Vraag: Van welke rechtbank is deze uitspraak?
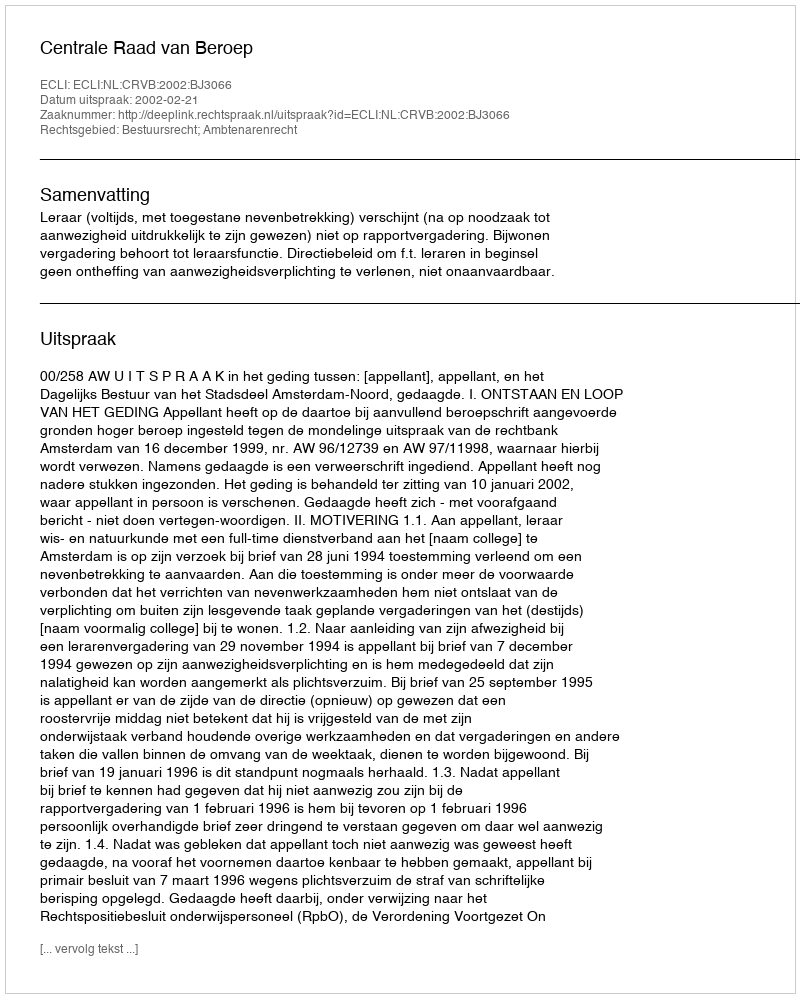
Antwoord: Centrale Raad van Beroep